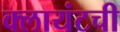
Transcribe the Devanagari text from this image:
क्लायंटची